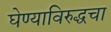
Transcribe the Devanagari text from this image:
घेण्याविरुद्धचा